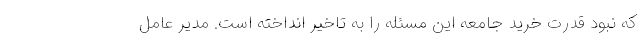
که نبود قدرت خرید جامعه این مسئله را به تاخیر انداخته است. مدیر عامل